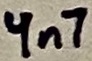
Text: 4n7